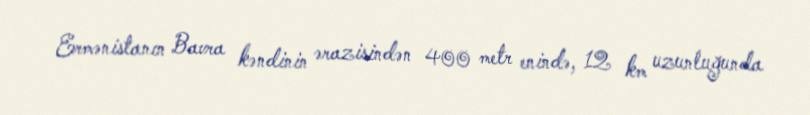
Ermənistanın Bavra kəndinin ərazisindən 400 metr enində, 12 km uzunluğunda